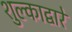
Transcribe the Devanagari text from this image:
शुल्काद्वारे